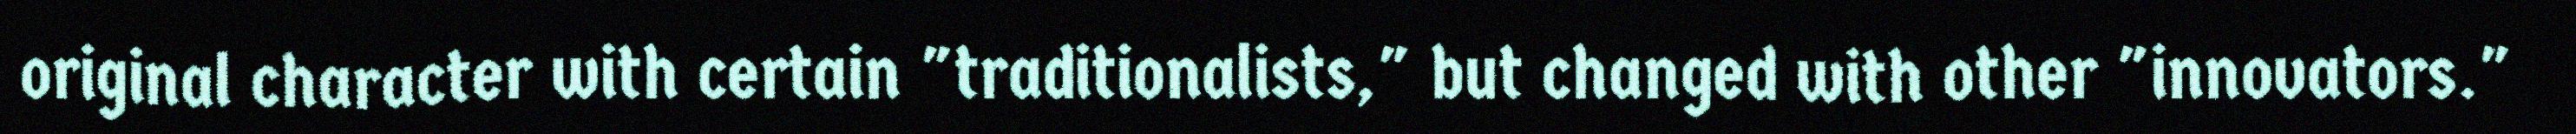
original character with certain "traditionalists," but changed with other "innovators."